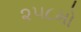
૨૫૮મો